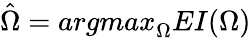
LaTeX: \hat{\Omega}={argmax}_{\Omega}EI(\Omega)